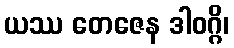
ယဿ တေဇေန ဒါဝဂ္ဂိ၊